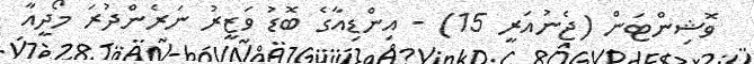
ވޮޝިންޓަން (ޖެނުއަރީ 15) - އިންޑިއާގެ ބޮޑު ވަޒީރު ނަރެންދުރަ މޯދީއާ